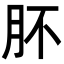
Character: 肧